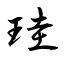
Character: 珪